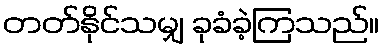
တတ်နိုင်သမျှ ခုခံခဲ့ကြသည်။